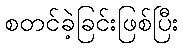
စတင်ခဲ့ခြင်းဖြစ်ပြီး